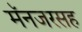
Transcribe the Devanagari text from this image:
मॅनजरसह